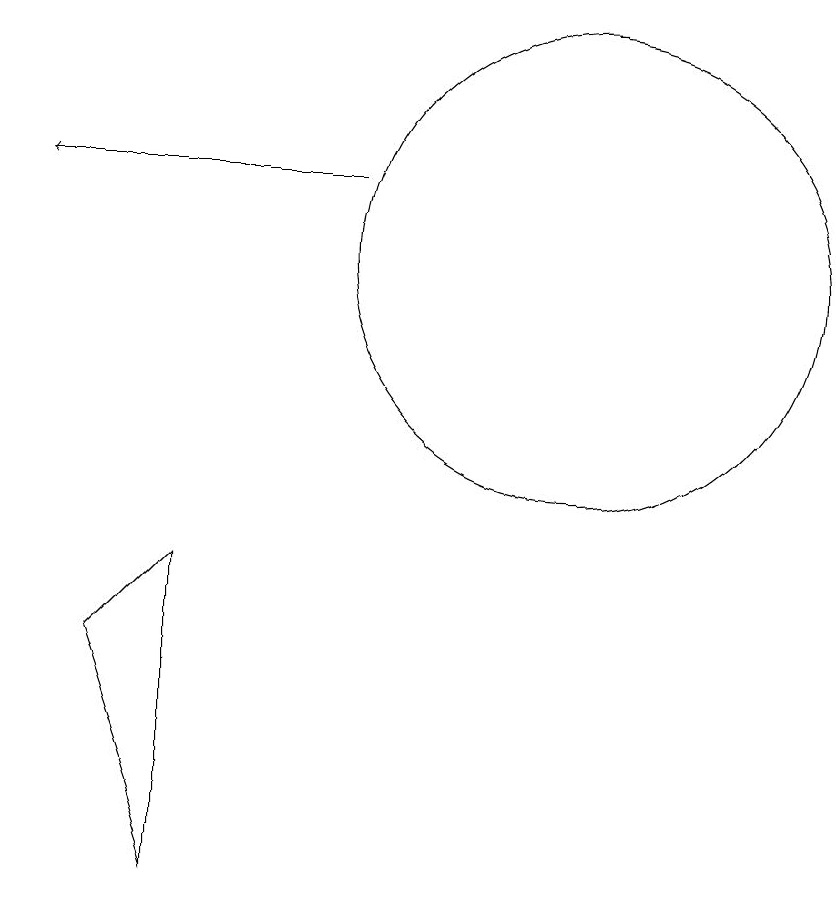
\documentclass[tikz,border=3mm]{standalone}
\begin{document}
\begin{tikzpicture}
\draw (5,6) -- (4,5) -- (5,2) -- cycle;
\draw (10,10) circle (3);
\draw[->] (7,11) -- (3,11);
\draw (10,10) circle (0);
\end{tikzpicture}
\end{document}